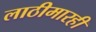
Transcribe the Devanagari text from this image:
लाठीमारही